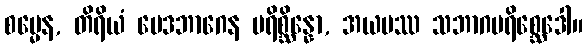
စမ္မေန, တိရိယံ မေဒဘာဂေန ပရိစ္ဆိန္နော, အယမဿ သဘာဂပရိစ္ဆေဒေါ။